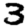
Digit: 3